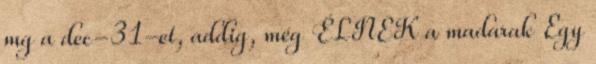
mg a dec-31-et, addig, még ÉLNEK a madarak Egy